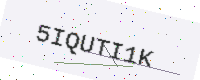
Text: 5IQUTI1K